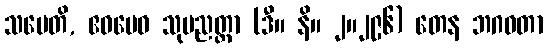
သမေတိ, ဧဝမေဝ သုပညတ္တာ (ဒီ။ နိ။ ၂။၂၉၆) တေန ဘဂဝတာ